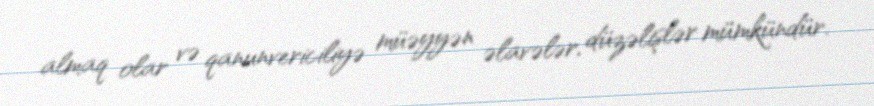
almaq olar və qanunvericiliyə müəyyən əlavələr, düzəlişlər mümkündür.